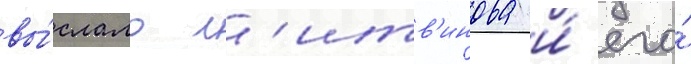
вы́слало л'итв'инова и́ его́